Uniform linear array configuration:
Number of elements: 64
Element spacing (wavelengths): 1
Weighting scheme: binomial
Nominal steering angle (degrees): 30
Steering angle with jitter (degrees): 31.879
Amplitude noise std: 0.05
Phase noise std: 0.05

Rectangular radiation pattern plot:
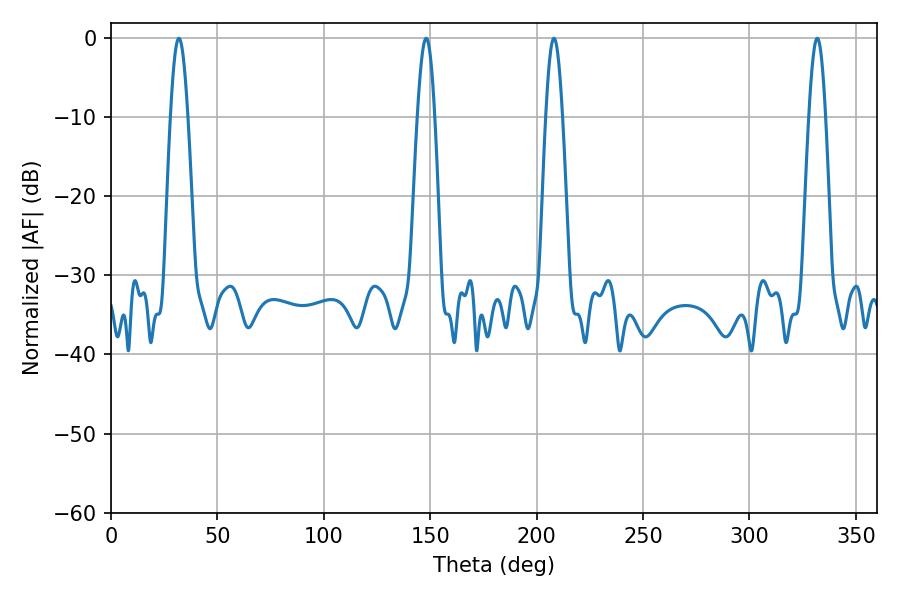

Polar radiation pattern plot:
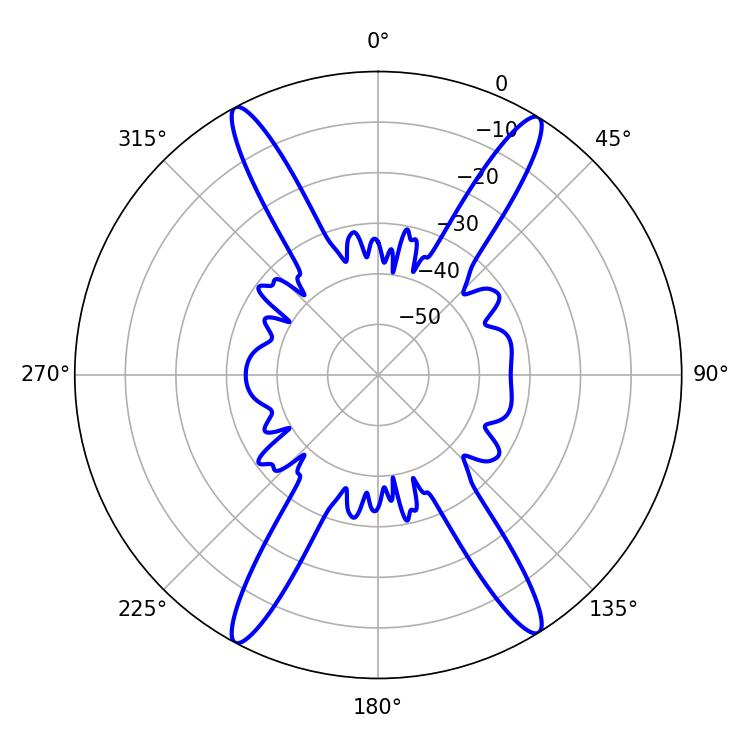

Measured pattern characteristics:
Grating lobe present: TRUE
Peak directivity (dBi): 21.945
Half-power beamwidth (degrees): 4.32
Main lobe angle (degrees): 31.86